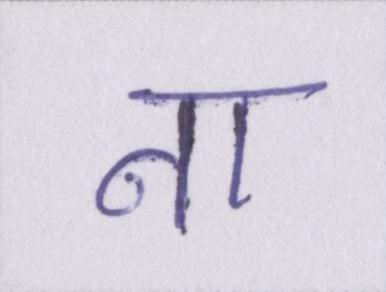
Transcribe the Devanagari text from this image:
ना